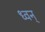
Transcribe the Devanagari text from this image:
ध्वन्